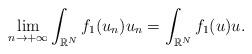
LaTeX: \begin{align*}\underset{n\to+\infty}{\lim}\int_{\mathbb{R}^N}f_1(u_n)u_n=\int_{\mathbb{R}^N}f_1(u)u.\end{align*}